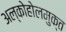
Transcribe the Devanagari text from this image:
अल्कोहोलमुक्त